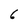
Character: 6